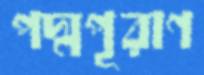
পদ্মপূরাণ